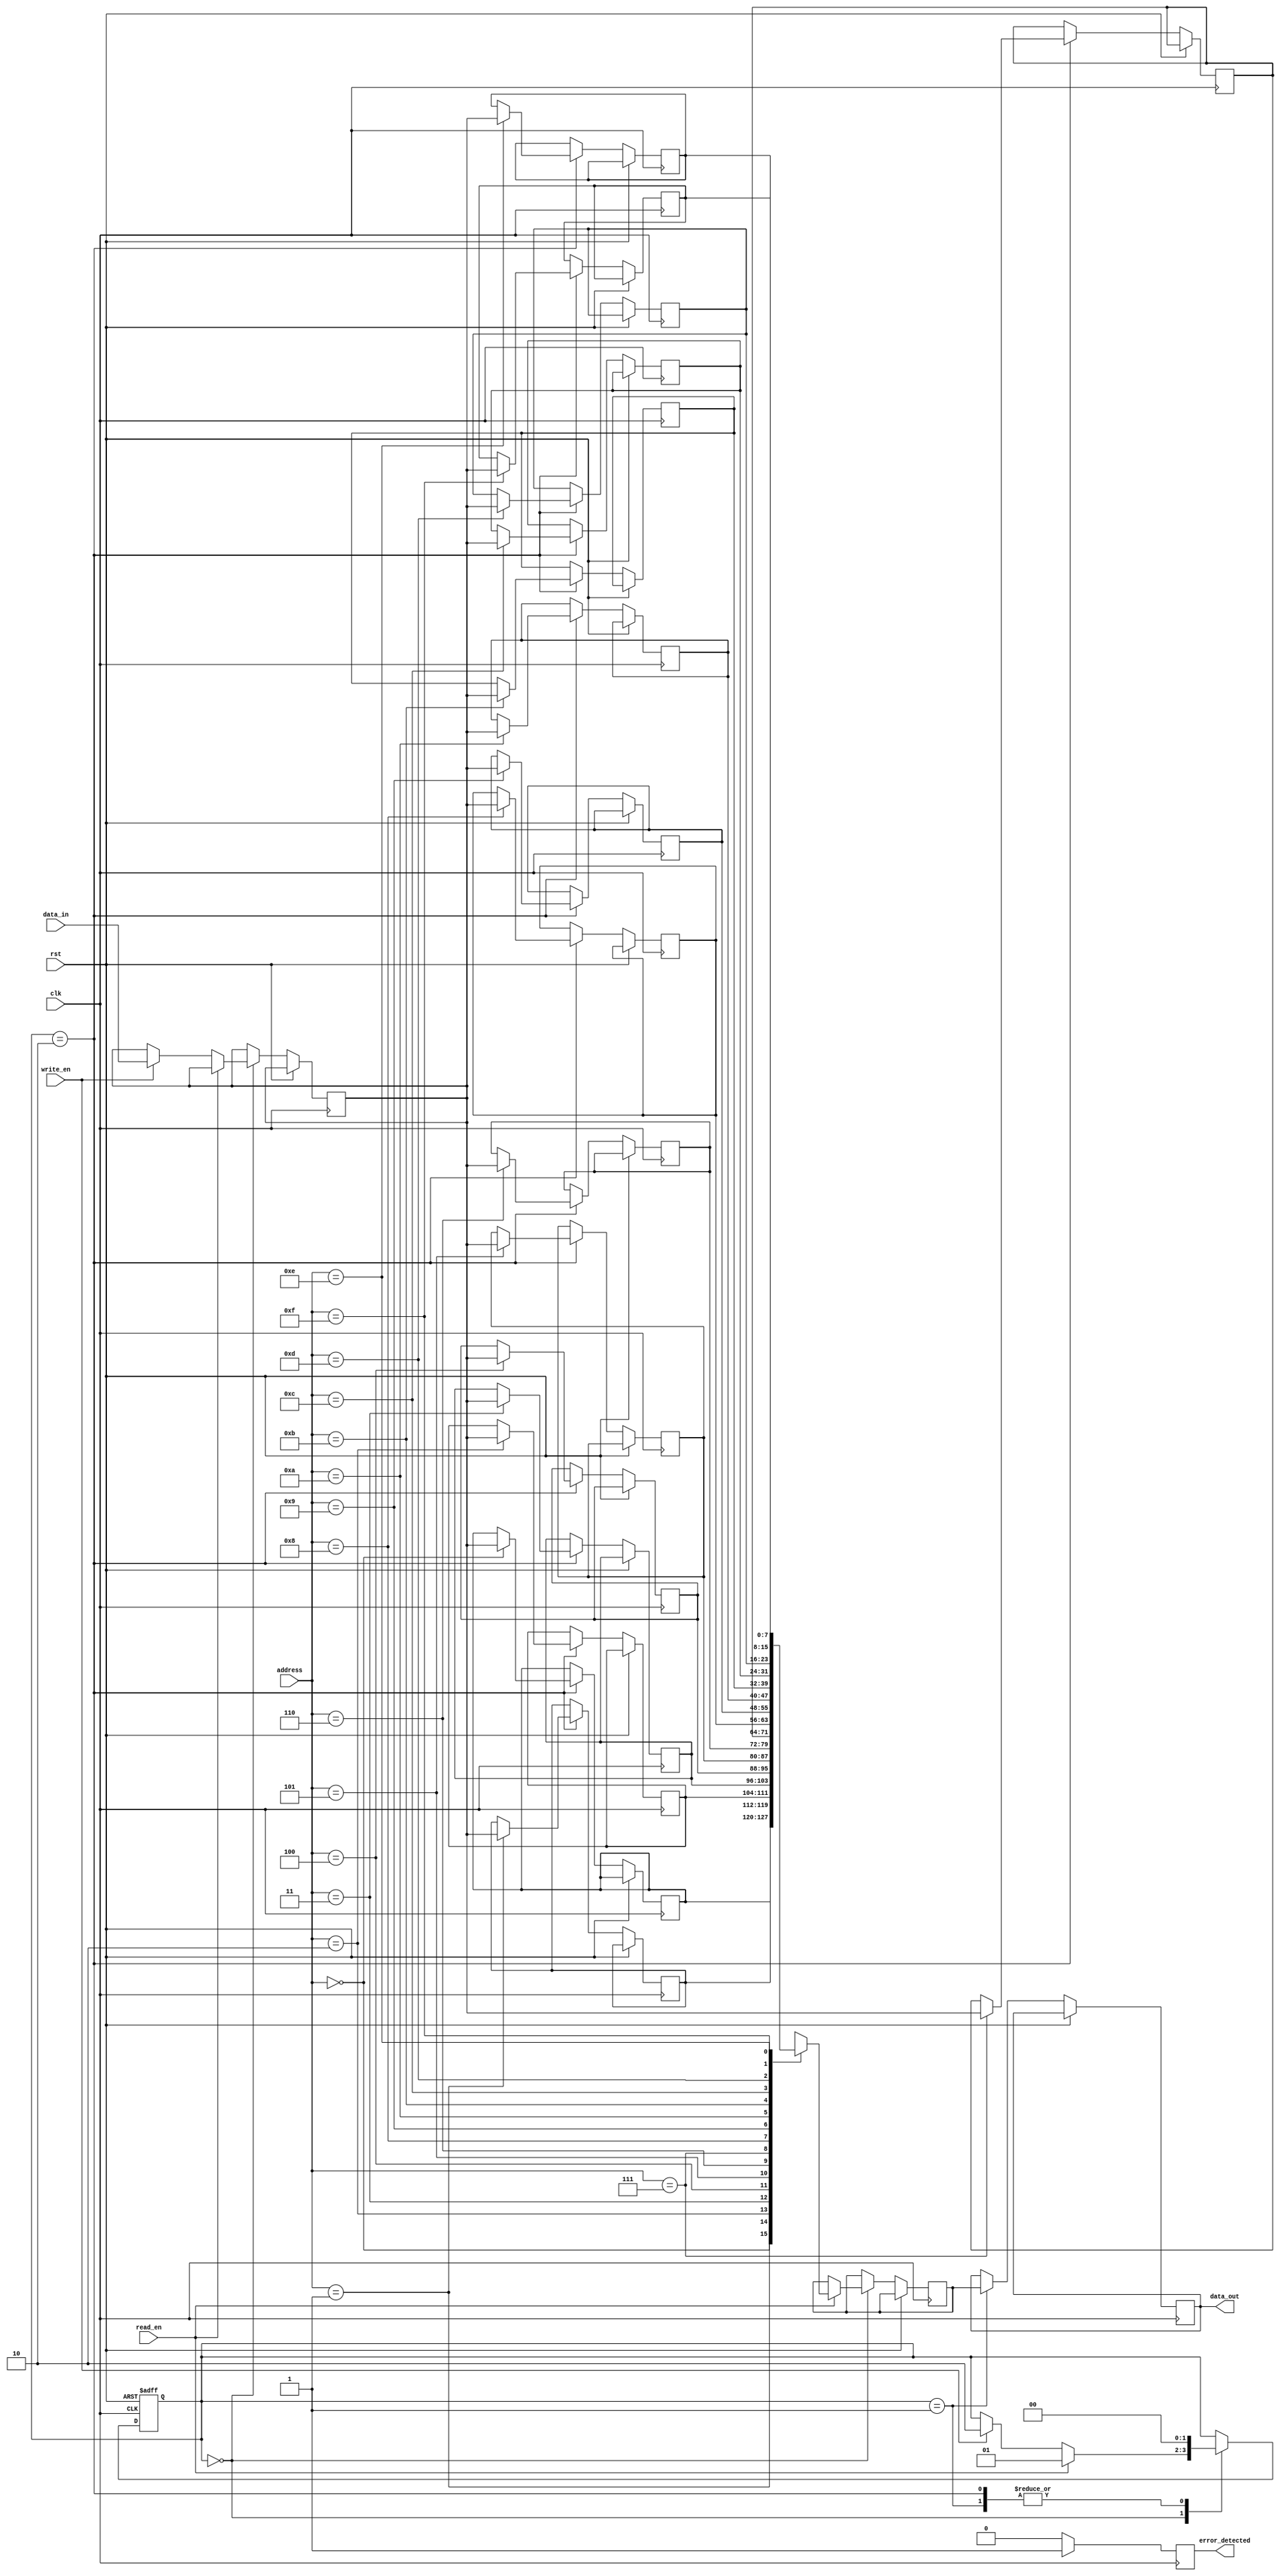
module FlashMemory(
    input wire clk,
    input wire rst,
    input wire read_en,
    input wire write_en,
    input wire [7:0] data_in,
    output reg [7:0] data_out,
    input wire [3:0] address,
    output reg error_detected
);

// Sequential logic elements
reg [7:0] memory [0:15]; // 16 blocks of memory
reg [7:0] read_data;
reg [7:0] write_data;

// State machine for controlling read and write operations
parameter IDLE = 2'b00;
parameter READ = 2'b01;
parameter WRITE = 2'b10;
reg [1:0] state;
always @ (posedge clk or posedge rst) begin
    if (rst) begin
        state <= IDLE;
    end else begin
        case(state)
            IDLE: begin
                if (read_en) begin
                    state <= READ;
                    read_data <= memory[address];
                end else if (write_en) begin
                    state <= WRITE;
                    write_data <= data_in;
                end
            end
            READ: begin
                state <= IDLE;
                data_out <= read_data;
            end
            WRITE: begin
                state <= IDLE;
                memory[address] <= write_data;
            end
        endcase
    end
end

// Error detection and correction circuitry
// (This is a simplified version, actual implementation may vary)
always @ (posedge clk) begin
    if (error_condition_detected) begin
        error_detected <= 1;
    end else begin
        error_detected <= 0;
    end
end

endmodule